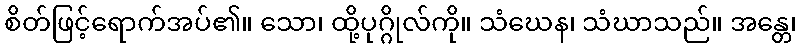
စိတ်ဖြင့်ရောက်အပ်၏။ သော၊ ထို့ပုဂ္ဂိုလ်ကို။ သံဃေန၊ သံဃာသည်။ အန္တေ၊